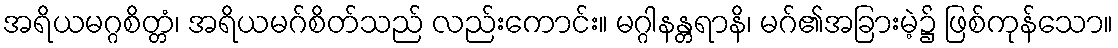
အရိယမဂ္ဂစိတ္တံ၊ အရိယမဂ်စိတ်သည် လည်းကောင်း။ မဂ္ဂါနန္တရာနိ၊ မဂ်၏အခြားမဲ့၌ ဖြစ်ကုန်သော။